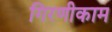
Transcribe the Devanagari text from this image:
गिरणीकाम